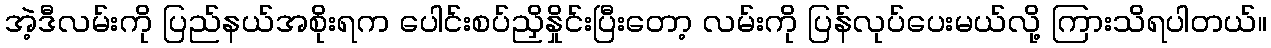
အဲ့ဒီလမ်းကို ပြည်နယ်အစိုးရက ပေါင်းစပ်ညှိနှိုင်းပြီးတော့ လမ်းကို ပြန်လုပ်ပေးမယ်လို့ ကြားသိရပါတယ်။